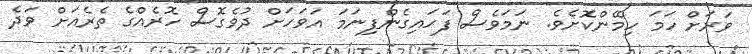
ވަރަށް ހަމަ ހިމޭންކޮށެވެ. ނަމަވެސް ފަހައިގެންފިނަމަ އަވަހަށް ދުވެގޮސް ހޮރެއްގެ ތެރެއަށް ވަދެ